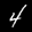
Label: 4